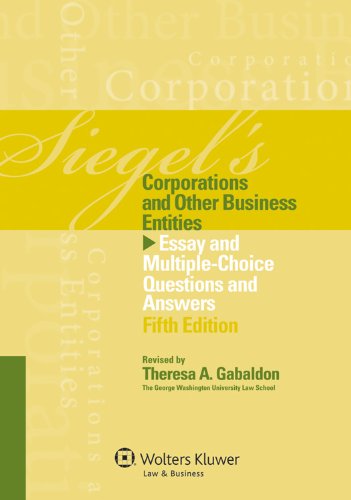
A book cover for Siegels Corporations: Essay & Multiple Choice Question Answers, Fifth Edition; Brian N. Siegel; Law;